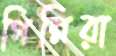
গিন্নিরা